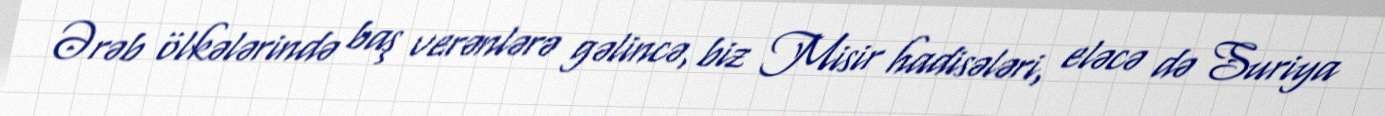
Ərəb ölkələrində baş verənlərə gəlincə, biz Misir hadisələri, eləcə də Suriya